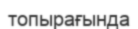
топырағында